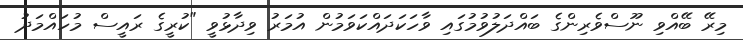
މިރޭ ބޭއްވި ނޫސްވެރިންގެ ބައްދަލުވުމުގައި ވާހަކަދައްކަވަމުން އުމަރު ވިދާޅުވީ "ކުރީގެ ރައީސް މުހައްމަދު